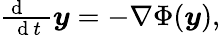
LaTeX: \begin{array}{r}{\frac{\mathrm{~d~\, ~\, ~}}{\mathrm{~d~}t}{\boldsymbol y}=-\nabla\Phi({\boldsymbol y}),}\end{array}